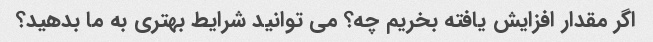
اگر مقدار افزایش یافته بخریم چه؟ می توانید شرایط بهتری به ما بدهید؟